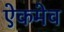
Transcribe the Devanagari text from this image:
ऐकमेव